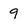
Character: 9